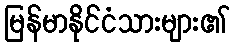
မြန်မာနိုင်ငံသားများ၏